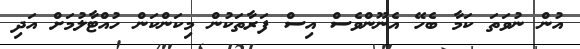
އުން ނުވަތަ ކަމާ ބެހޭ އެނޫންވެސް އިސް ފަރާތަކުން މިކަންކަން ހުއްޓާލުމަށް އަދި